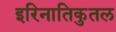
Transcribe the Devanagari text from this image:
इरिनातिकुतल